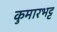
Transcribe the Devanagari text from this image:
कुमारभट्ट